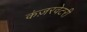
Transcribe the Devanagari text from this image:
कंज़रवेटरी